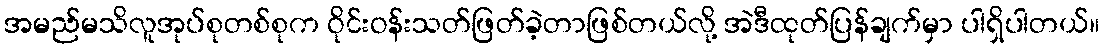
အမည်မသိလူအုပ်စုတစ်စုက ဝိုင်းဝန်းသတ်ဖြတ်ခဲ့တာဖြစ်တယ်လို့ အဲဒီထုတ်ပြန်ချက်မှာ ပါရှိပါတယ်။